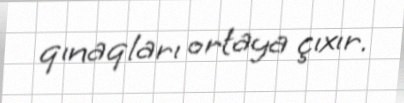
qınaqları ortaya çıxır.